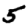
Digit: 5